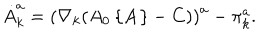
\dot { A } _ { k } ^ { a } = \left( \nabla _ { k } ( A _ { 0 } \left\{ { \bf A } \right\} - C ) \right) ^ { a } - \pi _ { k } ^ { a } .